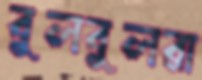
বুলবুলরা